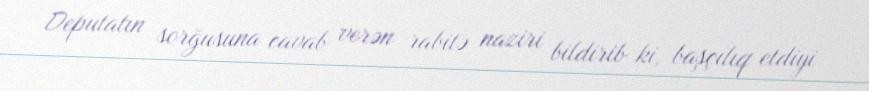
Deputatın sorğusuna cavab verən rabitə naziri bildirib ki, başçılıq etdiyi